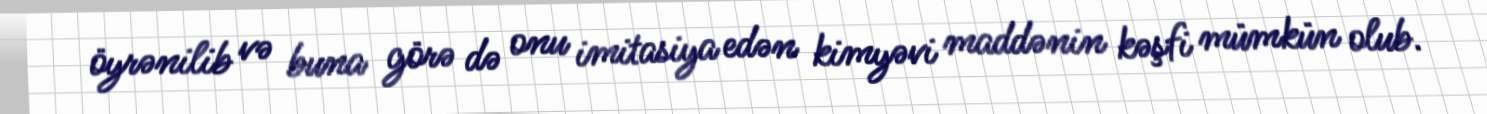
öyrənilib və buna görə də onu imitasiya edən kimyəvi maddənin kəşfi mümkün olub.